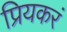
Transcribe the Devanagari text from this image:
प्रियकरं